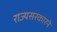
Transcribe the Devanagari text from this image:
राज्यसरकारने